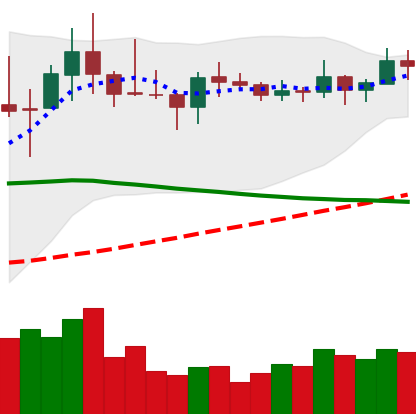
Ticker: LINK-USD
Chart end date: 2019-11-10
Forward return: 9.074%
Label: up_7plus